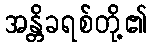
အန္တိခရစ်တို့၏